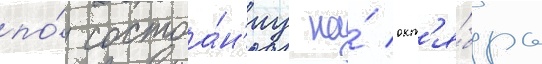
по́ состоа́н'иу на́ окт'я́брь